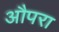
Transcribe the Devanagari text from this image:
औपरा